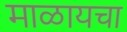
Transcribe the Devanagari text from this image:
माळायचा